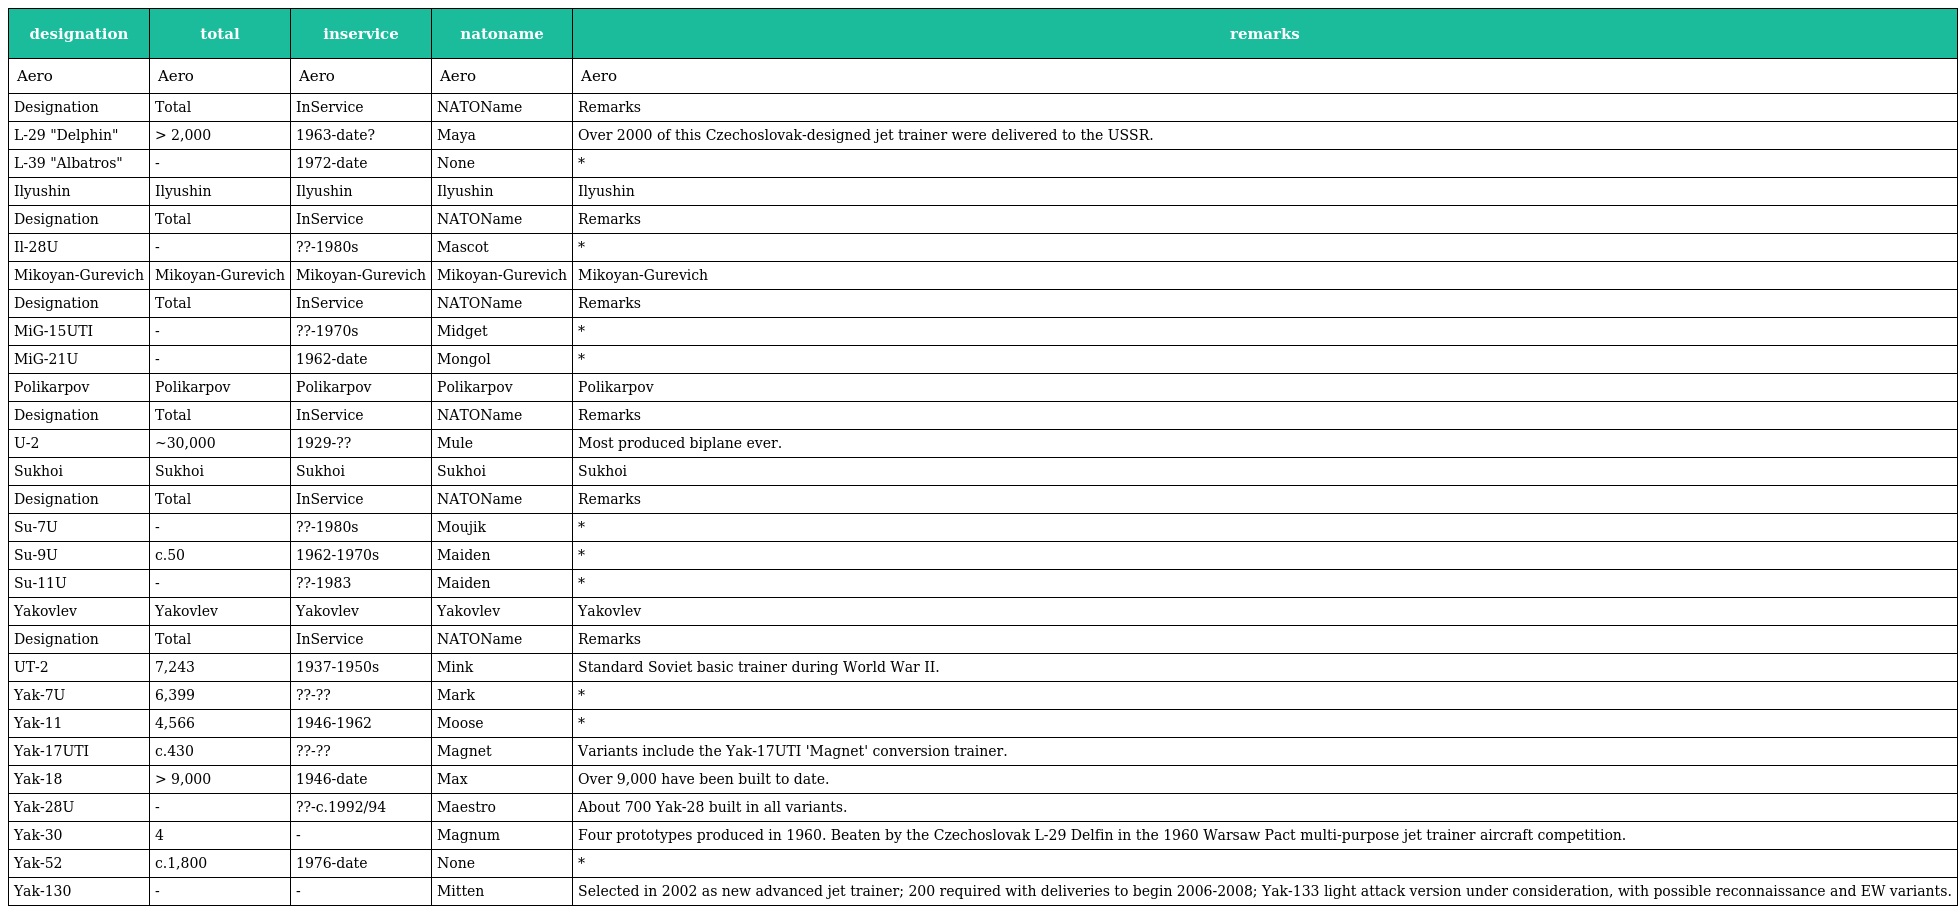
| designation | total | inservice | natoname | remarks |
 | --- | --- | --- | --- | --- |
 | Aero | Aero | Aero | Aero | Aero |
 | Designation | Total | InService | NATOName | Remarks |
 | L-29 "Delphin" | > 2,000 | 1963-date? | Maya | Over 2000 of this Czechoslovak-designed jet trainer were delivered to the USSR. |
 | L-39 "Albatros" | - | 1972-date | None | * |
 | Ilyushin | Ilyushin | Ilyushin | Ilyushin | Ilyushin |
 | Designation | Total | InService | NATOName | Remarks |
 | Il-28U | - | ??-1980s | Mascot | * |
 | Mikoyan-Gurevich | Mikoyan-Gurevich | Mikoyan-Gurevich | Mikoyan-Gurevich | Mikoyan-Gurevich |
 | Designation | Total | InService | NATOName | Remarks |
 | MiG-15UTI | - | ??-1970s | Midget | * |
 | MiG-21U | - | 1962-date | Mongol | * |
 | Polikarpov | Polikarpov | Polikarpov | Polikarpov | Polikarpov |
 | Designation | Total | InService | NATOName | Remarks |
 | U-2 | ~30,000 | 1929-?? | Mule | Most produced biplane ever. |
 | Sukhoi | Sukhoi | Sukhoi | Sukhoi | Sukhoi |
 | Designation | Total | InService | NATOName | Remarks |
 | Su-7U | - | ??-1980s | Moujik | * |
 | Su-9U | c.50 | 1962-1970s | Maiden | * |
 | Su-11U | - | ??-1983 | Maiden | * |
 | Yakovlev | Yakovlev | Yakovlev | Yakovlev | Yakovlev |
 | Designation | Total | InService | NATOName | Remarks |
 | UT-2 | 7,243 | 1937-1950s | Mink | Standard Soviet basic trainer during World War II. |
 | Yak-7U | 6,399 | ??-?? | Mark | * |
 | Yak-11 | 4,566 | 1946-1962 | Moose | * |
 | Yak-17UTI | c.430 | ??-?? | Magnet | Variants include the Yak-17UTI 'Magnet' conversion trainer. |
 | Yak-18 | > 9,000 | 1946-date | Max | Over 9,000 have been built to date. |
 | Yak-28U | - | ??-c.1992/94 | Maestro | About 700 Yak-28 built in all variants. |
 | Yak-30 | 4 | - | Magnum | Four prototypes produced in 1960. Beaten by the Czechoslovak L-29 Delfin in the 1960 Warsaw Pact multi-purpose jet trainer aircraft competition. |
 | Yak-52 | c.1,800 | 1976-date | None | * |
 | Yak-130 | - | - | Mitten | Selected in 2002 as new advanced jet trainer; 200 required with deliveries to begin 2006-2008; Yak-133 light attack version under consideration, with possible reconnaissance and EW variants. |